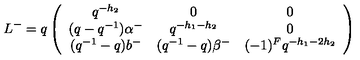
L ^ { - } = q \left( \begin{array} { c c c } { q ^ { - h _ { 2 } } } & { 0 } & { 0 } \\ { ( q - q ^ { - 1 } ) \alpha ^ { - } } & { q ^ { - h _ { 1 } - h _ { 2 } } } & { 0 } \\ { ( q ^ { - 1 } - q ) b ^ { - } } & { ( q ^ { - 1 } - q ) \beta ^ { - } } & { ( - 1 ) ^ { F } q ^ { - h _ { 1 } - 2 h _ { 2 } } } \\ \end{array} \right)